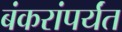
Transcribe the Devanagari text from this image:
बंकरांपर्यंत